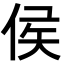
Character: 侯